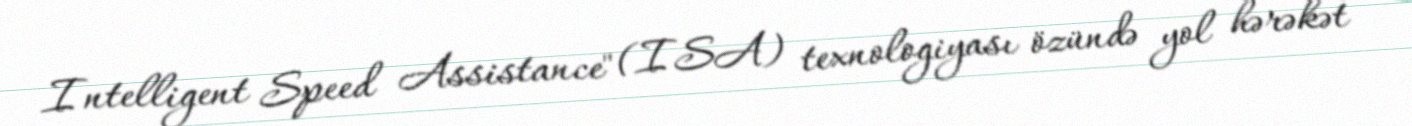
Intelligent Speed Assistance" (ISA) texnologiyası özündə yol hərəkət